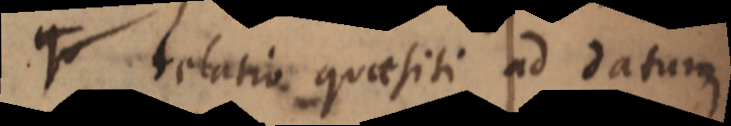
qu relatio quaesiti ad datum